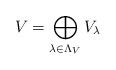
LaTeX: \begin{align*}V=\bigoplus\limits_{\lambda\in\Lambda_V}V_{\lambda}\end{align*}